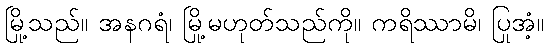
မြို့သည်။ အနဂရံ၊ မြို့မဟုတ်သည်ကို။ ကရိဿာမိ၊ ပြုအံ့။